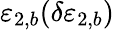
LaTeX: \varepsilon_{2,b}(\delta\varepsilon_{2,b})